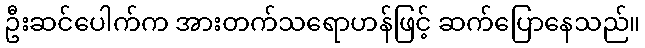
ဦးဆင်ပေါက်က အားတက်သရောဟန်ဖြင့် ဆက်ပြောနေသည်။